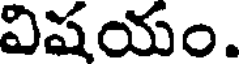
విషయం.